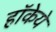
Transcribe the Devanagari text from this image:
हॉकेये